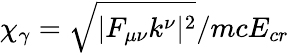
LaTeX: \chi_{\gamma}=\sqrt{|F_{\mu\nu}k^{\nu}|^{2}}/mcE_{cr}